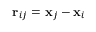
\mathbf { r } _ { i j } = \mathbf { x } _ { j } - \mathbf { x } _ { i }